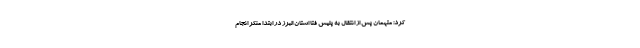
کرد: متهمان پس از انتقال به پلیس فتا استان البرز در ابتدا منکر انجام